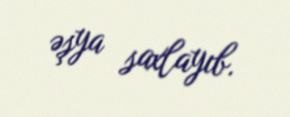
əşya saxlayıb.